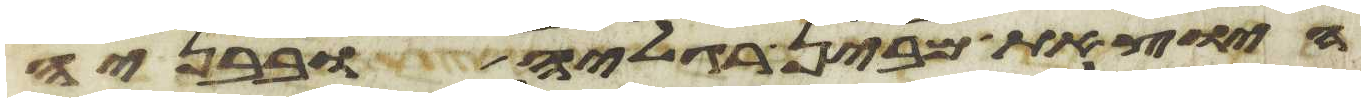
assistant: היצאת מבין רגליה ובבניה